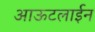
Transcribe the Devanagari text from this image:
आऊटलाईन